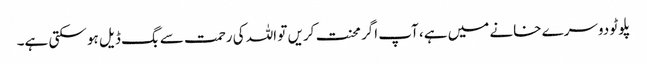
پلوٹو دوسرے خانے میں ہے، آپ اگر محنت کریں تو اللہ کی رحمت سے بگ ڈیل ہو سکتی ہے۔